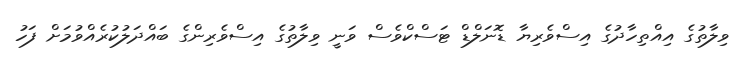
ވިލާތުގެ އިއްތިހާދުގެ އިސްވެރިޔާ ޑޮނަލްޑް ޓަސްކްވެސް ވަނީ ވިލާތުގެ އިސްވެރިންގެ ބައްދަލުކުރެއްވުމަށް ފަހު